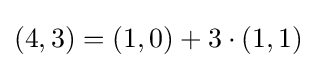
(4,3)=(1,0)+3\cdot (1,1)